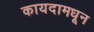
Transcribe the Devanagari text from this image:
कायदामधून